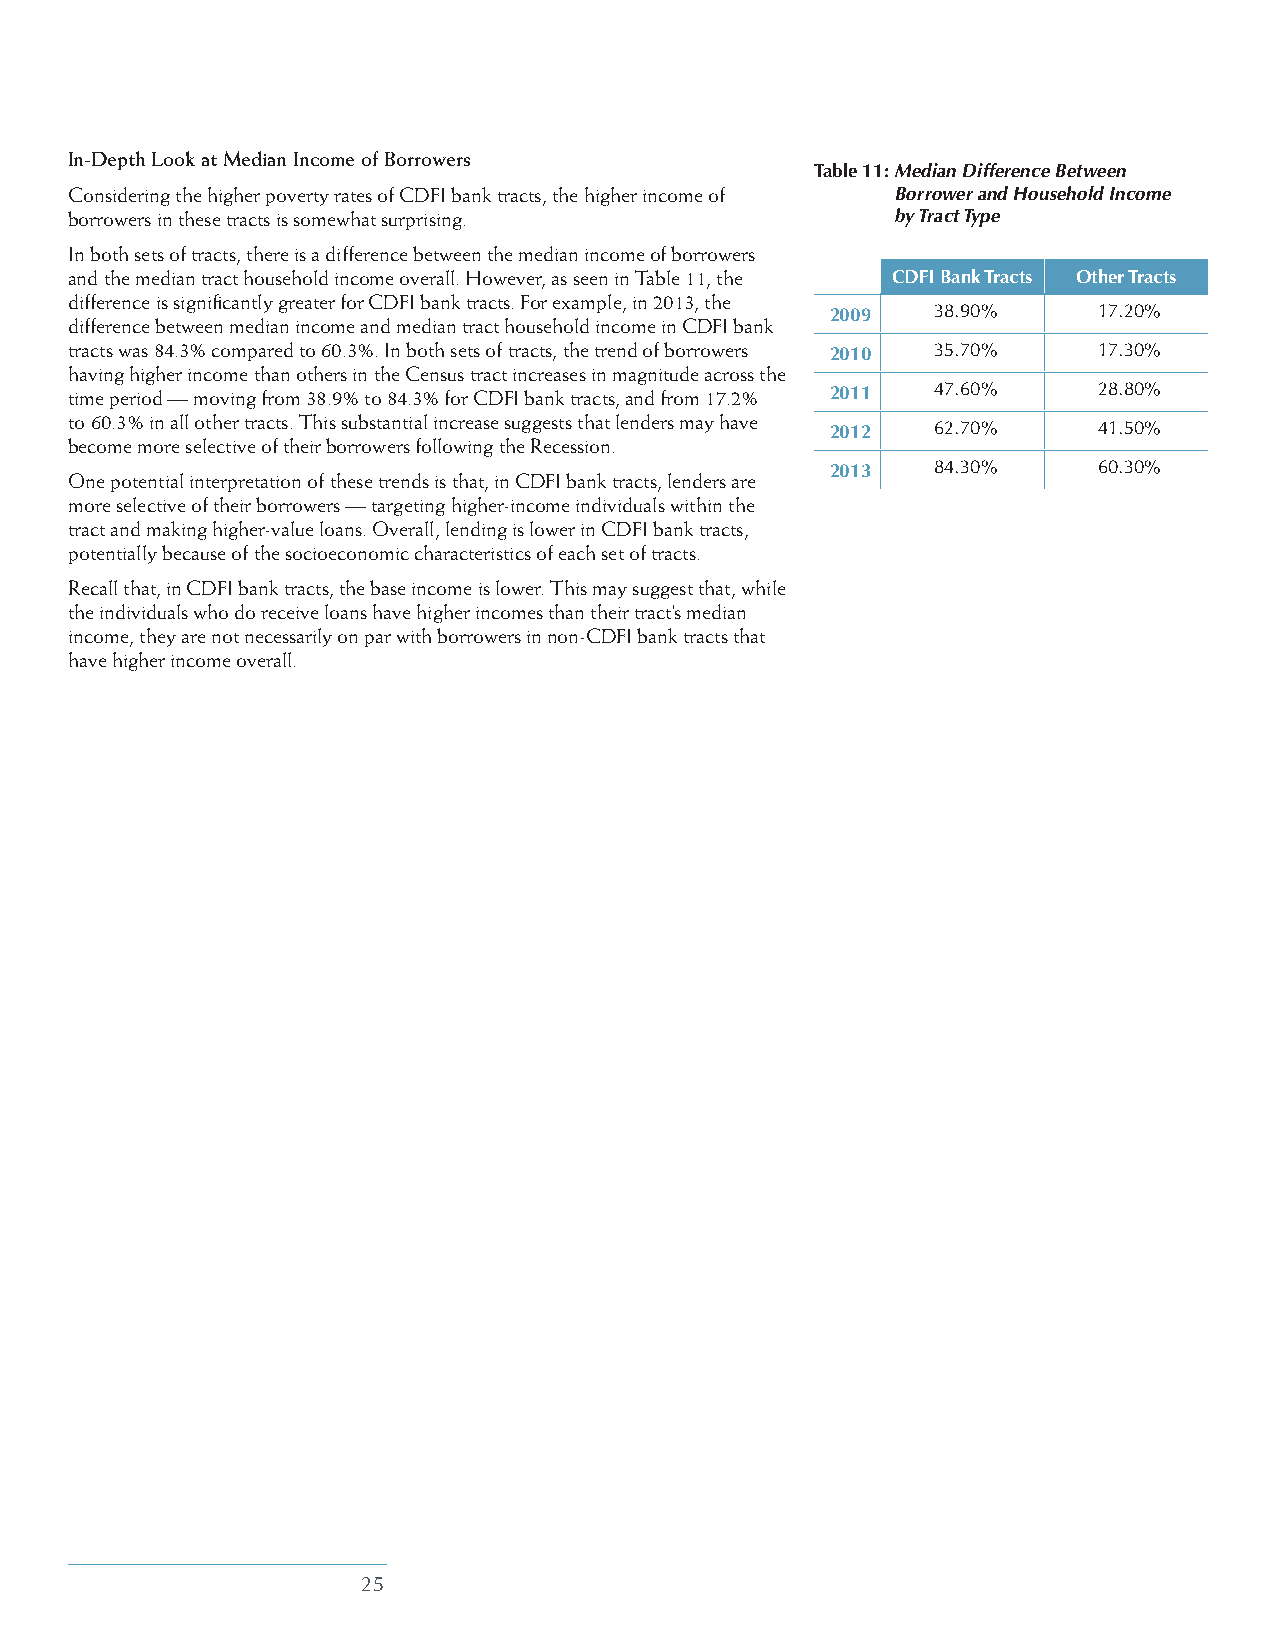
In-Depth Look at Median Income of Borrowers
 Table 11: M edian Difference Between
 Considering the higher poverty rates of CDFI bank tracts, the higher income of Borrower and Household Income
 borrowers in these tracts is somewhat surprising.     by Tract Type
 In both sets of tracts, there is a difference between the median income of borrowers
 and the median tract household income overall. However, as seen in Table 11, the CDFI Bank Tracts Other Tracts
 difference is significantly greater for CDFI bank tracts. For example, in 2013, the
 2009   38.90%     17.20%
 difference between median income and median tract household income in CDFI bank
 tracts was 84.3% compared to 60.3%. In both sets of tracts, the trend of borrowers 2010 35.70% 17.30%
 having higher income than others in the Census tract increases in magnitude across the
 time period — moving from 38.9% to 84.3% for CDFI bank tracts, and from 17.2% 2011 47.60% 28.80%
 to 60.3% in all other tracts. This substantial increase suggests that lenders may have
 2012   62.70%     41.50%
 become more selective of their borrowers following the Recession.
 2013   84.30%     60.30%
 One potential interpretation of these trends is that, in CDFI bank tracts, lenders are
 more selective of their borrowers — targeting higher-income individuals within the
 tract and making higher-value loans. Overall, lending is lower in CDFI bank tracts,
 potentially because of the socioeconomic characteristics of each set of tracts.
 Recall that, in CDFI bank tracts, the base income is lower. This may suggest that, while
 the individuals who do receive loans have higher incomes than their tract’s median
 income, they are not necessarily on par with borrowers in non-CDFI bank tracts that
 have higher income overall.
 25